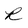
Character: R